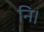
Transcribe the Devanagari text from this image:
नि।